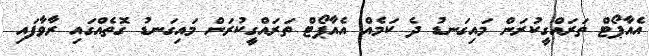
އެއާޕޯޓް ތަރައްގީކުރަން މައިގަނޑު ދެ ކަމެއް އެއާޕޯޓް ތަރައްގީކުރަން މައިގަނޑު ގޮތެއްގައި ރާވާފައި